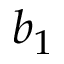
b _ { 1 }